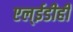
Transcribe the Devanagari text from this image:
एल्‌ईडीही